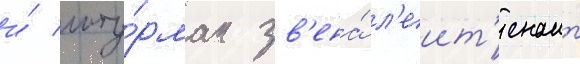
и́ шту́рман зв'ена́ л'еит'енант